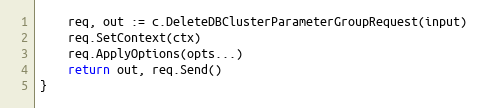
Language: Go
	req, out := c.DeleteDBClusterParameterGroupRequest(input)
	req.SetContext(ctx)
	req.ApplyOptions(opts...)
	return out, req.Send()
}